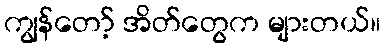
ကျွန်တော့် အိတ်တွေက များတယ်။